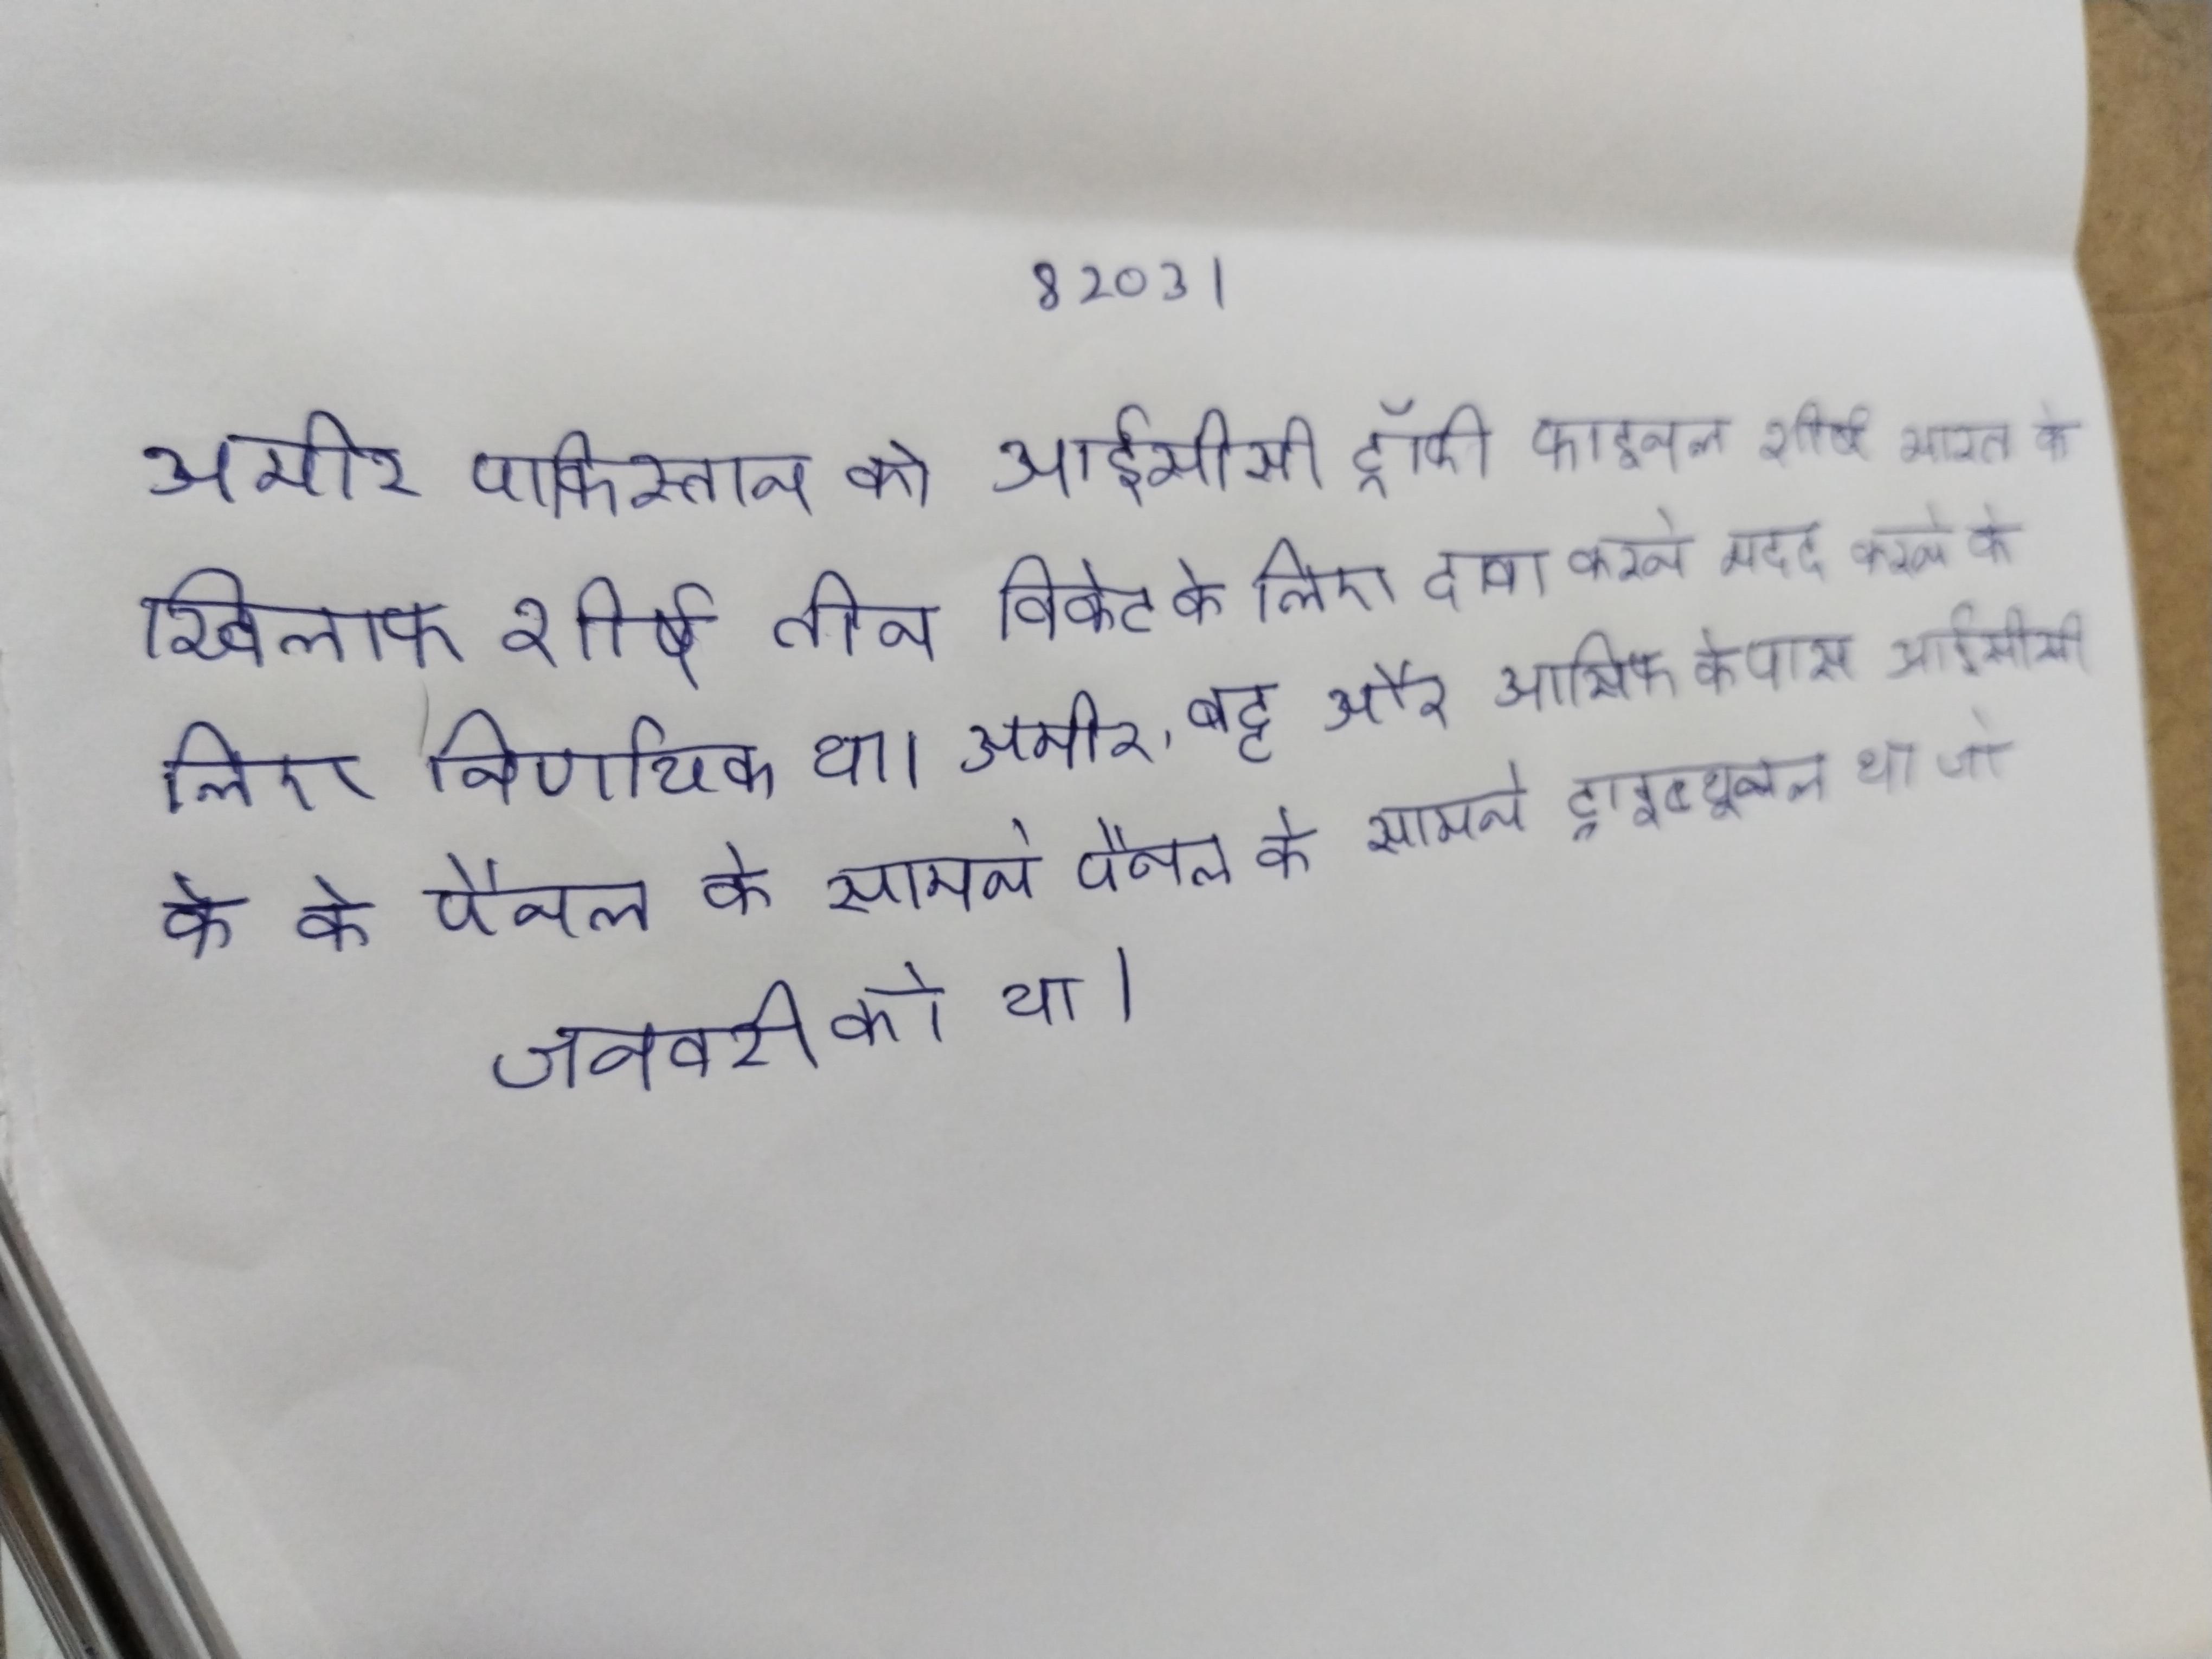
अमीर पाकिस्तान को आईसीसी ट्रॉफी फाइनल शीर्ष भारत के खिलाफ शीर्ष तीन विकेट के लिए दावा करने मदद करने के लिए निर्णायक था । अमीर, बट्ट और आसिफ के पास आईसीसी के के पैनल के सामने पैनल के सामने ट्राइब्यूनल था जो जनवरी को था ।